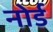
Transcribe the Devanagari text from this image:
नोर्ड